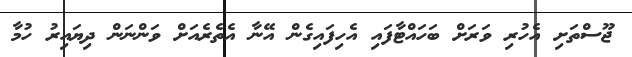
ޖޫސްތަށި އެހުރި ވަރަށް ބަހައްޓާފައި އެހިފައިގެން އޭނާ އެތެރެއަށް ވަންނަން ދިޔައިރު ހުމާ